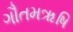
ગૌતમૠષિ